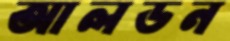
আলডন